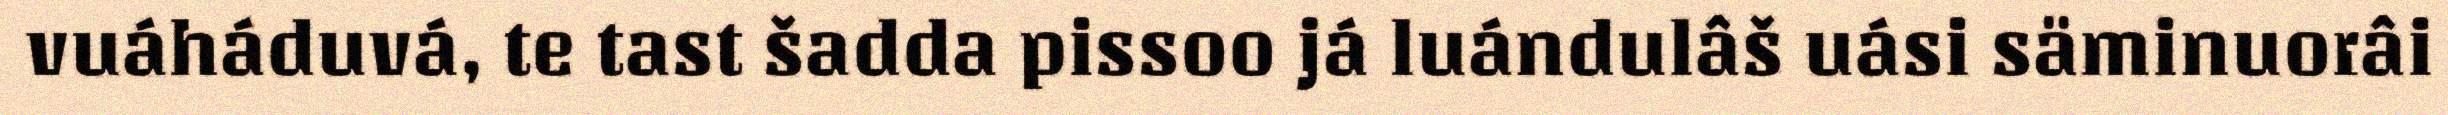
vuáháduvá, te tast šadda pissoo já luándulâš uási säminuorâi